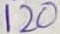
Text: 120